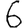
Digit: 6